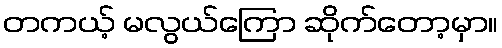
တကယ့် မလွယ်ကြော ဆိုက်တော့မှာ။